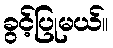
ခွင့်ပြုမယ်။